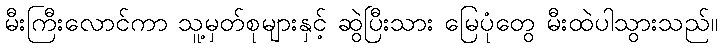
မီးကြီးလောင်ကာ သူ့မှတ်စုများနှင့် ဆွဲပြီးသား မြေပုံတွေ မီးထဲပါသွားသည်။